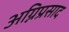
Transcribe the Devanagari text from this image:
अग्निप्रसाद